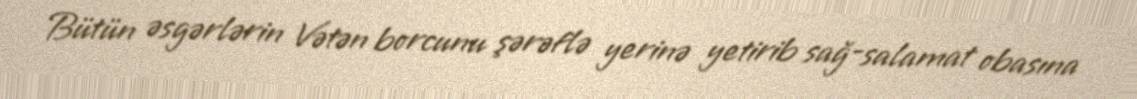
Bütün əsgərlərin Vətən borcunu şərəflə yerinə yetirib sağ-salamat obasına